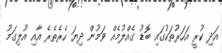
އަދި ކުރީ އަހަރުތަކުގައި ބޮޑު ގެއްލުމެއް ވަމުން ދިޔަ ހެރެތެރެ އާއި އުލިގަމު